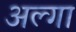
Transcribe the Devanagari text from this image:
अल्गा